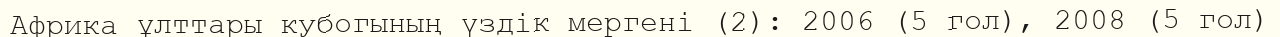
Африка ұлттары кубогының үздік мергені (2): 2006 (5 гол), 2008 (5 гол)